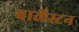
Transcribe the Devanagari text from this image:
चार्लेस्टन